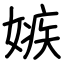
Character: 嫉